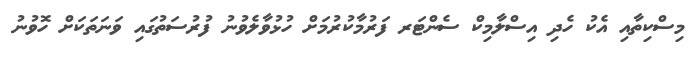
މިސްކިތާއި އެކު ހެދި އިސްލާމިކް ސެންޓަރ ފަރުމާކުރުމަށް ހުޅުވާލެވުނު ފުރުސަތުގައި ވަނަތަކަށް ހޮވުނު